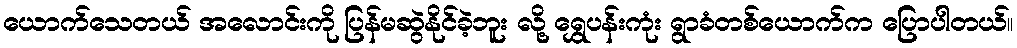
ယောက်သေတယ် အလောင်းကို ပြန်မဆွဲနိုင်ခဲ့ဘူး လို့ ရွှေပန်းကုံး ရွာခံတစ်ယောက်က ပြောပါတယ်။